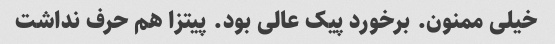
خیلی ممنون. برخورد پیک عالی بود. پیتزا هم حرف نداشت